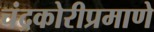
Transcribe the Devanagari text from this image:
चंद्रकोरीप्रमाणे